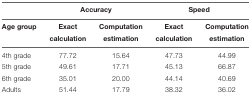
|  | <COLSPAN=2> Accuracy | <COLSPAN=2> Speed |
 | Age group | Exactcalculation | Computationestimation | Exactcalculation | Computationestimation |
 | --- | --- | --- | --- | --- |
 | 4th grade | 77.72 | 15.64 | 47.73 | 44.99 |
 | 5th grade | 49.61 | 17.71 | 45.13 | 66.87 |
 | 6th grade | 35.01 | 20.00 | 44.14 | 40.69 |
 | Adults | 51.44 | 17.79 | 38.32 | 36.02 |